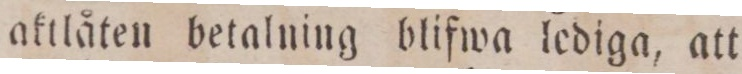
aktlåten betalning blifwa lediga, att